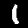
Digit: 1